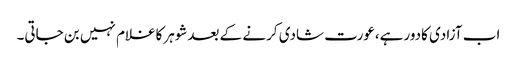
اب آزادی کادورہے،عورت شادی کرنے کے بعدشوہرکاغلام نہیں بن جاتی۔